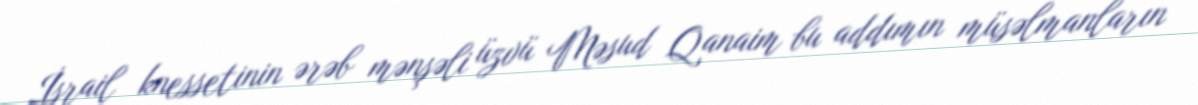
İsrail knessetinin ərəb mənşəli üzvü Məsud Qanaim bu addımın müsəlmanların